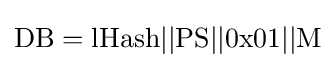
\mathrm {DB} =\mathrm {lHash} ||\mathrm {PS} ||\mathrm {0x01} ||\mathrm {M}